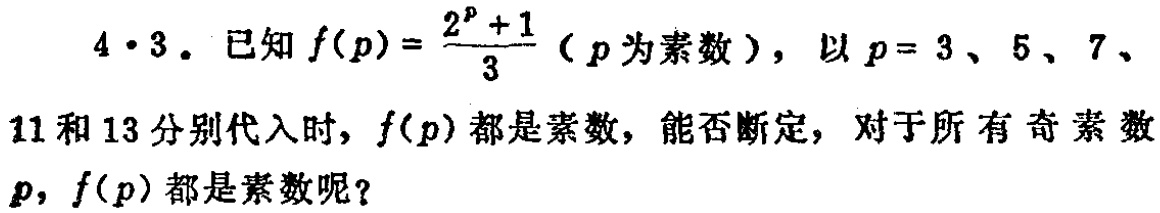
$4\cdot3$. 已知$f(p)=\frac{2^{p}+1}{3}$（$p$为素数），以$p = 3、5、7、11$和$13$分别代入时，$f(p)$都是素数，能否断定，对于所有奇素数$p$，$f(p)$都是素数呢？